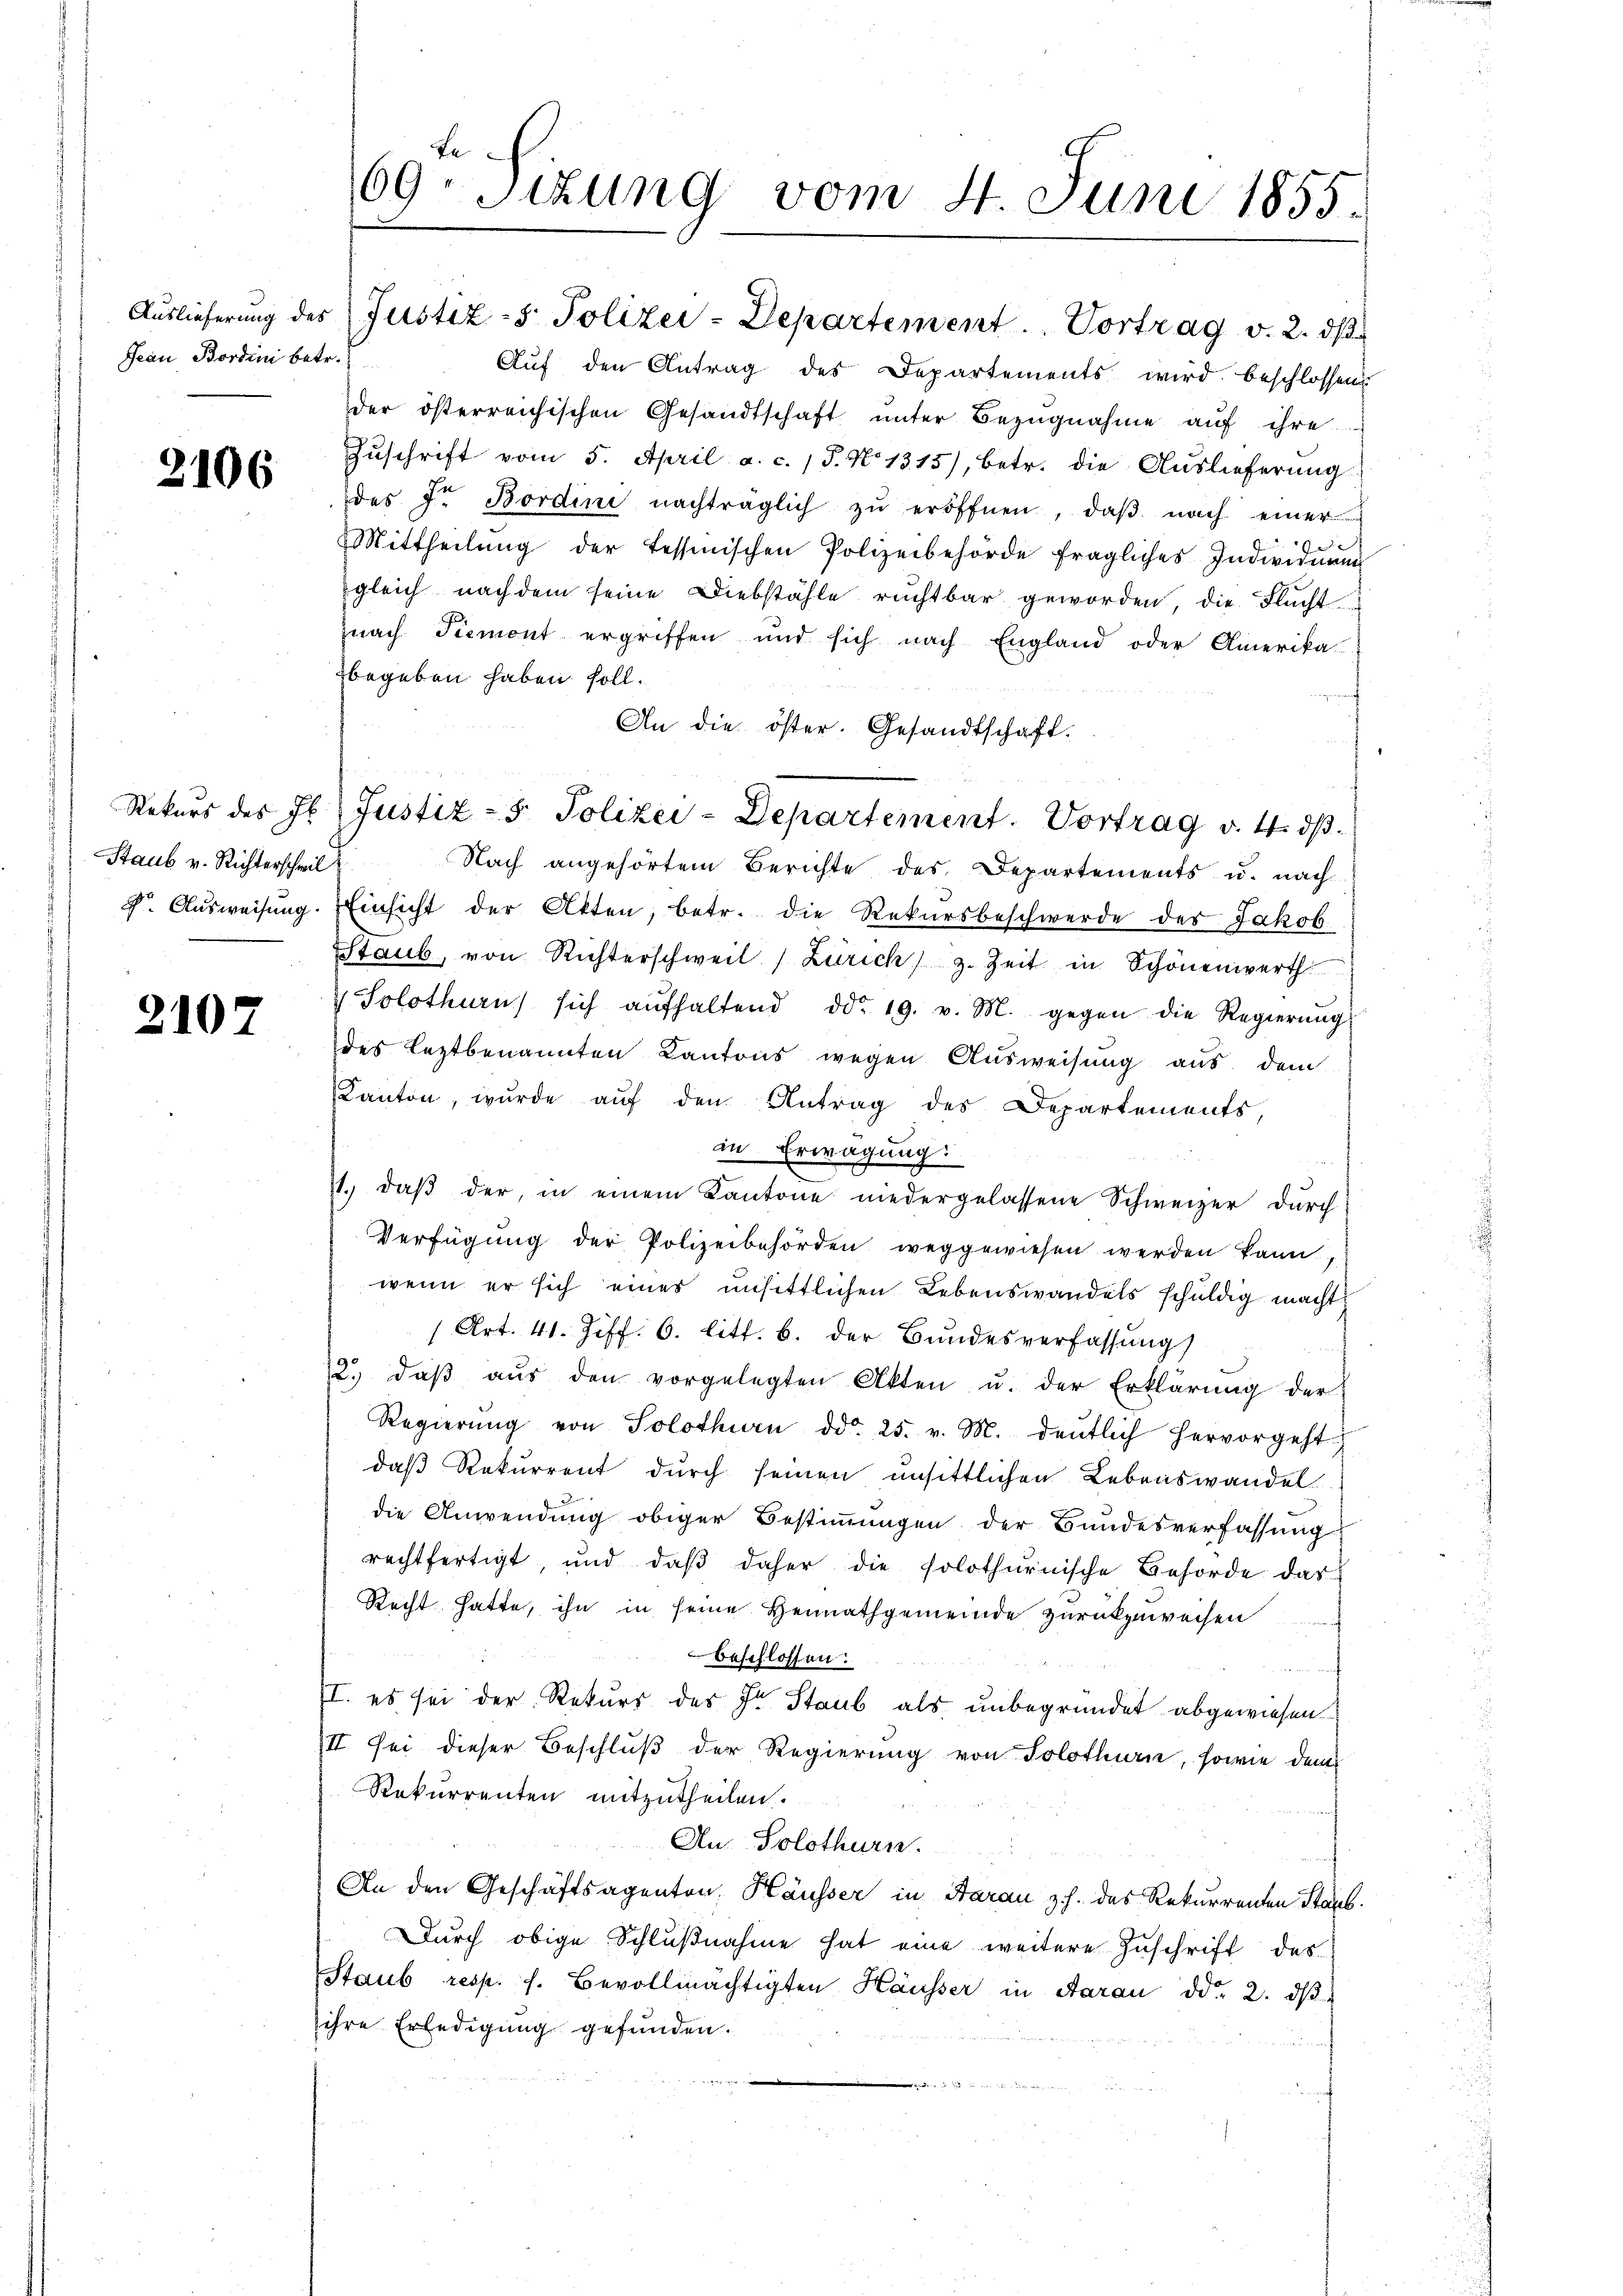
Jean Bordini betr.

2106

Staub v. Richterschweil

2107

Be
69. Sizung vom 4. Juni 1855.

Aŭslieferŭng des Justiz- & Polizei-Departement. Vortrag v. 2. dβ
Auf den Antrag des Departements wird beschlossen
der österreichischen Gesandtschaft ŭnter Bezŭgnahme aŭf ihre
Zŭschrift vom 5. April a. c. 1 S. N. 1315), betr. die Auslieferung
des Dr. Bordini nachträglich zŭ eröffnen, daβ nach einer
Mittheilŭng der Tessinischen Polizeibehörde fragliches Individuum
gleich nachdem seine Diebstähle ruchtbar geworden, die Flucht
nach Tiemont ergriffen und sich nach England oder Amerika
begeben haben soll.
An die öster. Gesandtschaft.
Rekŭrs des Jb. Justiz- & Polizei-Departement. Vortrag v. 4. dβ.
Nach angehörtem Berichte des Departements u. nach
F. Aŭsweisŭng. Einsicht der Akten, betr. die Rekursbeschwerde des Jakob
SStaub, von Richterschweil Zürich) z. Zeit in Schönenwerth
 Solothurn sich aŭfhaltend ddo 19. v. M. gegen die Regierŭng
des leztbenannten Kantons wegen Ausweisung aus dem
Kanton, wurde auf den Antrag des Departements,
in Erwägung:
1.) daß der, in einem Kantone niedergelassene Schweizer durch
Verfügŭng der Polizeibehörden weggewiesen werden kann,
wenn er sich eines unsittlichen Lebenswandels schuldig macht
1 Art. 41. Ziff. 6. litt. b. der Bŭndesverfassŭng
2. daβ aŭs den vorgelegten Akten u. der Erklärung der
Regierŭng von Solothurn dd. 25. v. M. deutlich hervorgeht
daß Rekurrent durch seinen unsittlichen Lebenswandel
die Anwendung obiger Bestimmungen der Bundesverfassung
rechtfertigt, und daβ daher die solothurnische Behörde das
Recht hatte, ihn in seine Heimathgemeinde zurückzuweisen
beschlossen:
II. es sei der Rekurs des Dr Staub als unbegründet abgewiesen.
II sei dieser Beschluß der Regierung von Solothurn, sowie dem
Rekurrenten mitzutheilen.
An Solothurn.
An den Geschäftsagenton, Häusser in Aarau z.J. des Rekurrenten Staub
Durch obige Schlußnahme hat eine weitere Zuschrift des
Staub resp. s. Bevollmächtigten Häusser in Aarau ddo 2. dβ
ihre Erledigung gefunden.